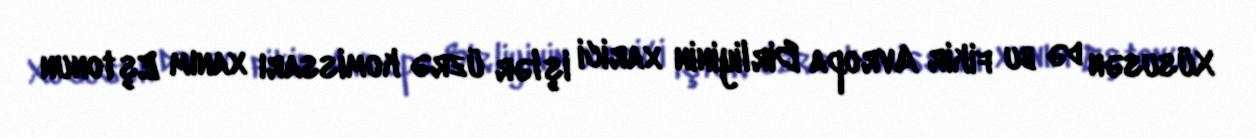
Xüsusən də bu fikir Avropa Birliyinin xarici işlər üzrə komissarı xanım Eştonun